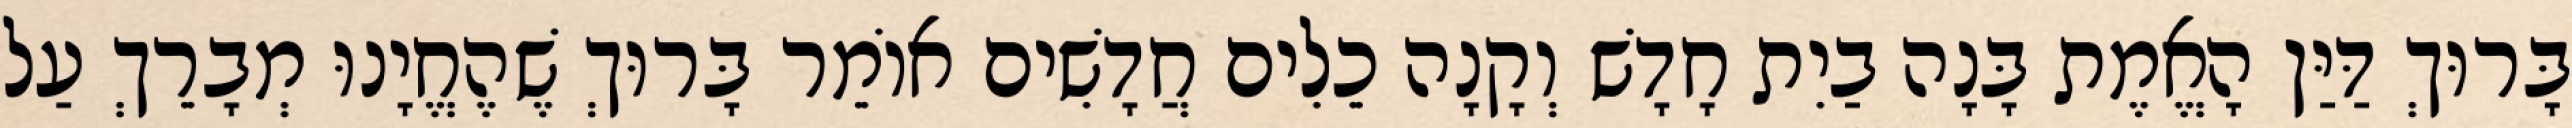
בָּרוּךְ דַּיַּן הָאֱמֶת בָּנָה בַיִת חָדָשׁ וְקָנָה כֵלִים חֲדָשִׁים אוֹמֵר בָּרוּךְ שֶׁהֶחֱיָנוּ מְבָרֵךְ עַל